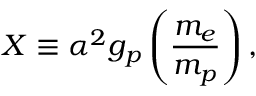
X \equiv \alpha ^ { 2 } g _ { p } \left( \frac { m _ { e } } { m _ { p } } \right) ,